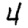
Digit: 4